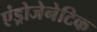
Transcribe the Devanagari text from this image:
एंड्रोजेनेटिक